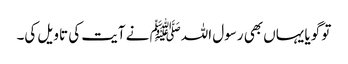
تو گویا یہاں بھی رسول اللہﷺ نے آیت کی تاویل کی۔